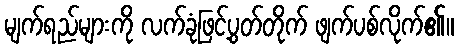
မျက်ရည်များကို လက်ခုံဖြင့်ပွတ်တိုက် ဖျက်ပစ်လိုက်၏။